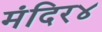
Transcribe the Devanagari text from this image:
मंदिर४